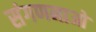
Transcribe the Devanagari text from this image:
संगणनाओ